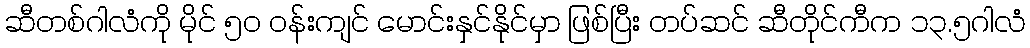
ဆီတစ်ဂါလံကို မိုင် ၅၀ ဝန်းကျင် မောင်းနှင်နိုင်မှာ ဖြစ်ပြီး တပ်ဆင် ဆီတိုင်ကီက ၁၃.၅ဂါလံ